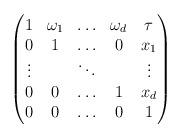
LaTeX: \begin{align*}\begin{pmatrix}1 & \omega_1 & \ldots & \omega_d & \tau\\0 & 1 & \ldots & 0 & x_1\\\vdots & & \ddots & & \vdots\\0 & 0 & \ldots & 1 & x_d\\0 & 0 & \ldots & 0 & 1\end{pmatrix}\end{align*}